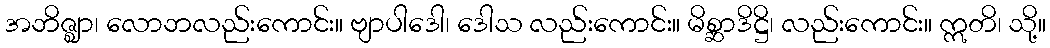
အဘိဇ္ဈာ၊ လောဘလည်းကောင်း။ ဗျာပါဒေါ၊ ဒေါသ လည်းကောင်း။ မိစ္ဆာဒိဋ္ဌိ၊ လည်းကောင်း။ ဣတိ၊ သို့။